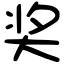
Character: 奖